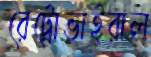
রেট্রোভাইরাল